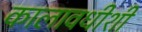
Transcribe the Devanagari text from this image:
कालावधीशी